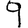
Digit: 9